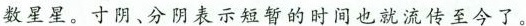
数星星。寸阴、分阴表示短暂的时间也就流传至今了。